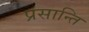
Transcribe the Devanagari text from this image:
प्रसान्ति